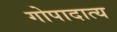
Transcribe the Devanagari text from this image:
गोपादात्य